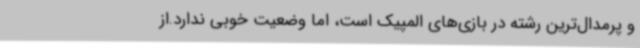
و پرمدال‌ترین رشته در بازی‌های المپیک است، اما وضعیت خوبی ندارد.از